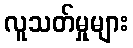
လူသတ်မှုများ